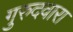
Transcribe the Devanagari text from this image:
गुरुदवारा